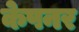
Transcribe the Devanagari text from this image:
केपनर